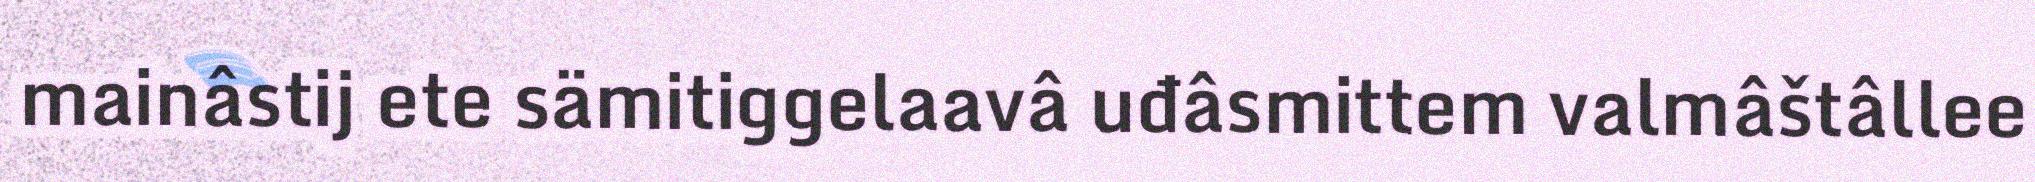
mainâstij ete sämitiggelaavâ uđâsmittem valmâštâllee